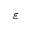
\varepsilon